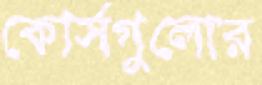
কোর্সগুলোর